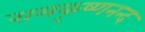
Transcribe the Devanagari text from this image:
रामकृष्णनन्द